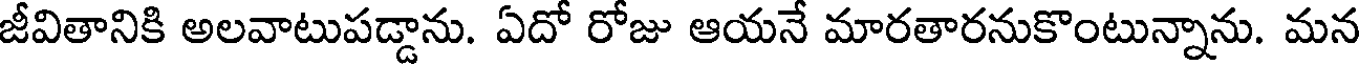
జీవితానికి అలవాటుపడ్డాను. ఏదో రోజు ఆయనే మారతారనుకొంటున్నాను. మన